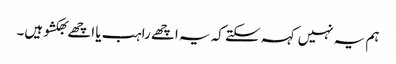
ہم یہ نہیں کہہ سکتے کہ یہ اچھے راہب یا اچھے بھکشو ہیں۔